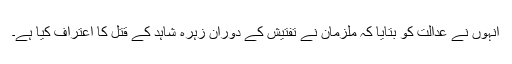
انہوں نے عدالت کو بتایا کہ ملزمان نے تفتیش کے دوران زہرہ شاہد کے قتل کا اعتراف کیا ہے۔